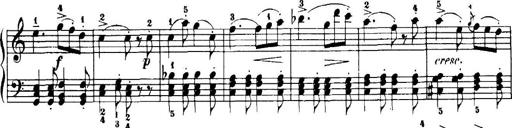
Title: 7 Sonatinas
Composer: Anton Diabelli